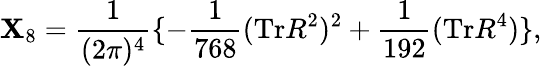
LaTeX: \mathbf{X}_{8}=\frac{{1}}{{(2\pi)^{4}}}\lbrace-\frac{{1}}{{768}}(\mathrm{{{Tr}}}R^{2})^{2}+\frac{{1}}{{192}}(\mathrm{{Tr}}R^{4})\rbrace,